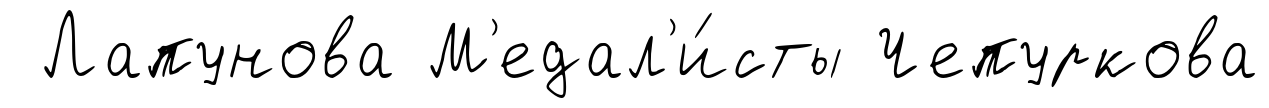
Лапунова М'едал'и́сты Чепуркова